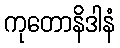
ကုတောနိဒါနံ